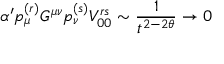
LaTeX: \alpha ^ { \prime } p _ { \mu } ^ { ( r ) } G ^ { \mu \nu } p _ { \nu } ^ { ( s ) } V _ { 0 0 } ^ { r s } \sim { \frac { 1 } { t ^ { 2 - 2 \theta } } } \to 0